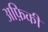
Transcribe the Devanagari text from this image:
अफ़िकी